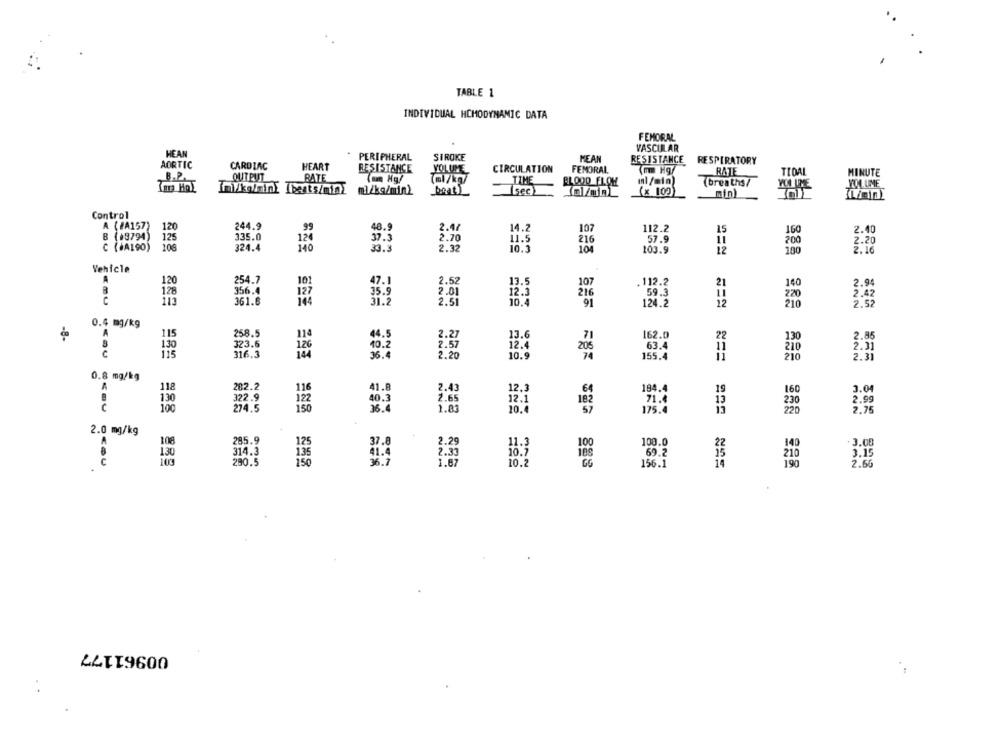
TABLE 1
INDIVIDUAL HEMODYNAMIC DATA
FEMORAL
VASCULAR
HEAN
PERIPHERAL
SIROKE
PEAN
RESISTANCE
RESPIRATORY
AORTIC
CARDIAC
HEART
RESISTANCE
VOLUME
CIRCULATION
FEMORAL
mm Mg/
B.P.
OUTPUT
BATE
Ton Hg/
(ml/kg/
RATE
TIDA
MINUTE
TIME
BLOOD FLOW
Inl/min)
(breaths/
VOLUME
ml/kg/min2
beat)
(see)
(x 100)
(Linin!
Control
A ( #A157)
120
244.9
99
48.9
2.47
14.2
107
112.2
15
160
2.40
B (18794)
335.0
37.3
125
124
2.70
11.5
216
57.9
200
2.20
106
324.4
140
33.3
2.32
10.3
104
103.9
12
100
2.16
Vehicle
A
120
254.7
47.1
2.52
13.5
.112.2
140
2.94
356.4
2.01
107
21
128
35.9
12.3
216
59.3
220
2.42
C
113
361.6
31.2
2.51
10.4
91
124.2
12
210
2.52
0.4 mg/kg
258.5
44.5
13.6
-8-
115
114
2.27
162.0
22
130
2.85
10.2
2.57
12.4
208
63.4
216
2.31
316.3
126
36.4
2.20
10.9
74
155.4
210
2.31
0.8 mg/kg
A
118
282.2
116
41.8
2.43
12.3
184.4
19
160
3.04
130
40.3
2.65
12.1
182
2.99
100
274.5
1.83
10.
57
230
2.75
36.4
175.4
220
2.0 mg/kg
A
108
285.
125
37.8
2.29
100
100.0
22
- 3.00
69.2
130
314.3
41.4
2.33
10.2
108
3.15
280.5
1.87
GG
156.1
2.66
00961177